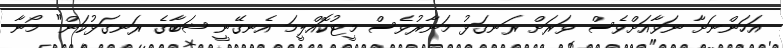
އަހަންނަށާ ނަވާއަށްވެސް ވަރަށް ރަނގަޅު މަނާރުވެސް މީޓުކޮއްލީމަ އެނގޭނީ ޝަބާގެ ރަނގަޅުކަން" މޯނާ